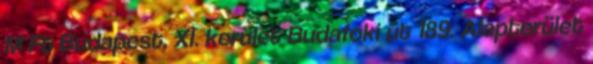
M Ft Budapest, XI. kerület Budafoki út 189. Alapterület